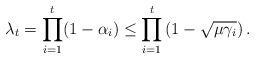
LaTeX: \begin{align*}\lambda_t=\prod_{i=1}^{t}(1-\alpha_i)\leq\prod_{i=1}^{t}\left(1-\sqrt{\mu\gamma_i}\right).\end{align*}